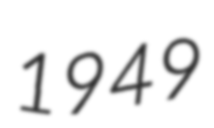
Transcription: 1949